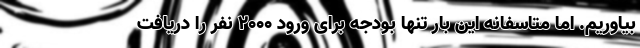
بیاوریم. اما متاسفانه این بار تنها بودجه برای ورود 2000 نفر را دریافت